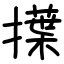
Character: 擛